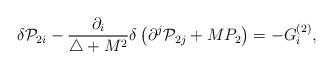
LaTeX: \begin{align*}\delta {\cal P}_{2i}-\frac{\partial _i}{\triangle +M^2}\delta\left( \partial ^j{\cal P}_{2j}+MP_2\right) =-G_i^{(2)},\end{align*}